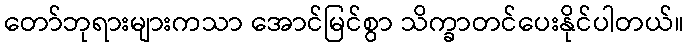
တော်ဘုရားများကသာ အောင်မြင်စွာ သိက္ခာတင်ပေးနိုင်ပါတယ်။